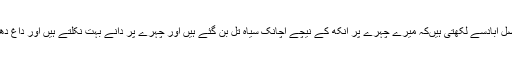
ارم چیمہ،فیصل آبادسے لکھتی ہیںکہ میرے چہرے پر آنکھ کے نیچے اچانک سیاہ تل بن گئے ہیں اور چہرے پر دانے بہت نکلتے ہیں اور داغ دھبے بھی ہیں۔